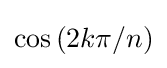
\cos \left(2k\pi /n\right)